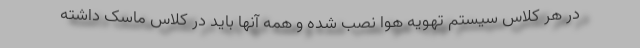
در هر کلاس سیستم تهویه هوا نصب شده و همه آنها باید در کلاس ماسک داشته